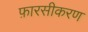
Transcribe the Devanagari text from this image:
फ़ारसीकरण